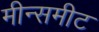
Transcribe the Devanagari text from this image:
मीन्समीट